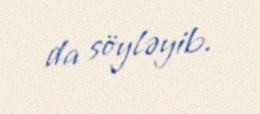
da söyləyib.